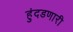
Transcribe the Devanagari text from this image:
हुंदडणारी